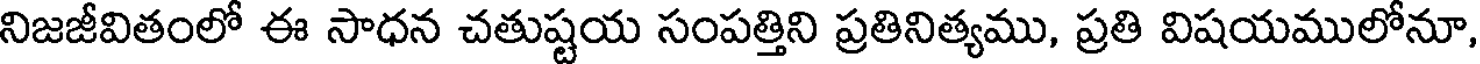
నిజజీవితంలో ఈ సాధన చతుష్టయ సంపత్తిని ప్రతినిత్యము, ప్రతి విషయములోనూ